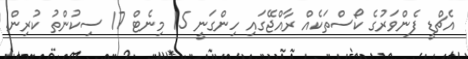
އެޗްޑީ ފެންވަރުގެ ކޯސްތަކެއް ރާއްޖޭގައި ހިންގަނީ 15 މިނެޓް 17 ސިކުންތު ކުރިން.